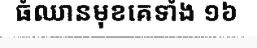
ធំឈានមុខគេទាំង ១៦